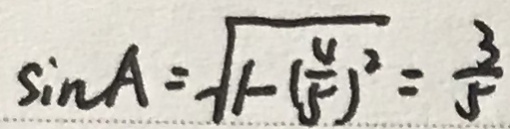
\sin A = \sqrt { 1 - ( \frac { 4 } { 5 } ) ^ { 2 } } = \frac { 3 } { 5 }